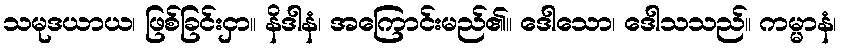
သမုဒယာယ၊ ဖြစ်ခြင်းငှာ။ နိဒါနံ၊ အကြောင်းမည်၏။ ဒေါသော၊ ဒေါသသည်။ ကမ္မာနံ၊